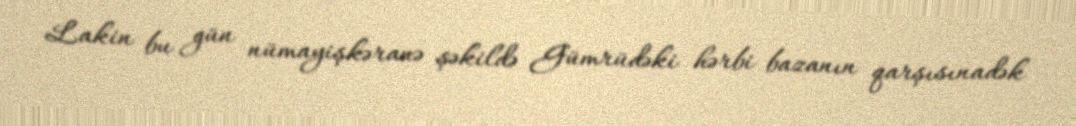
Lakin bu gün nümayişkəranə şəkildə Gümrüdəki hərbi bazanın qarşısınadək